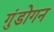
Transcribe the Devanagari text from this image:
गुंडोगन